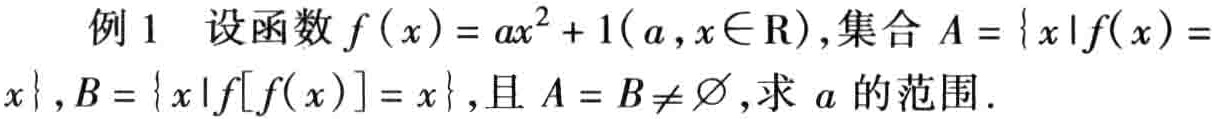
例1 设函数\(f(x)=ax^{2}+1(a,x\in\mathrm{R})\),集合\(A = \{ x|f(x)=x\}\),\(B = \{ x|f[f(x)]=x\}\),且\(A = B\neq\varnothing\),求\(a\)的范围.